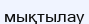
мықтылау